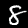
Label: 8